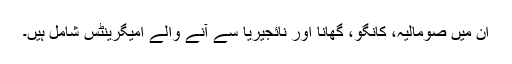
ان میں صومالیہ، کانگو، گھانا اور نائجیریا سے آنے والے امیگرینٹس شامل ہیں۔